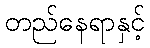
တည်နေရာနှင့်